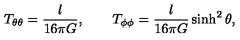
T _ { \theta \theta } = \frac { l } { 1 6 \pi G } , \qquad T _ { \phi \phi } = \frac { l } { 1 6 \pi G } \sinh ^ { 2 } \theta ,